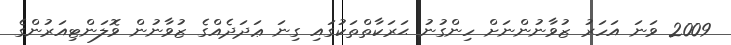
2009 ވަނަ އަހަރު ޒުވާނުންނަށް ހިންގުނު ޙަރަކާތްތަކުގައި ގިނަ ޢަދަދެއްގެ ޒުވާނުން ވޮލަންޓިއަރުންގެ